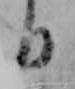
日